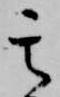
其